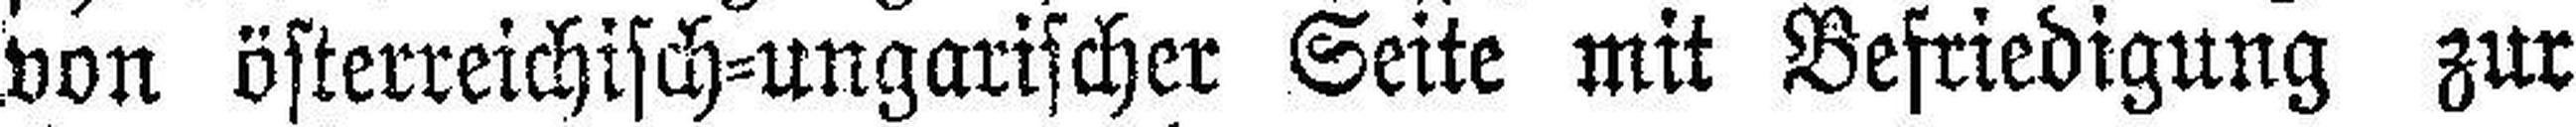
von österreichisch=ungarischer Seite mit Befriedigung zur